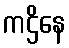
ကဌိနေ